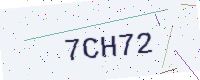
Text: 7CH72